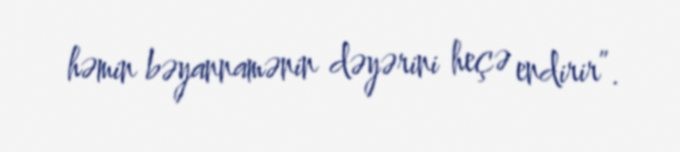
həmin bəyannamənin dəyərini heçə endirir”.